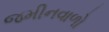
જમીનવાળો